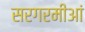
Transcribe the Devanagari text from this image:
सरगरमीआं